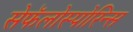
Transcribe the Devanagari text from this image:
सेफॅलोस्पोरिन्स